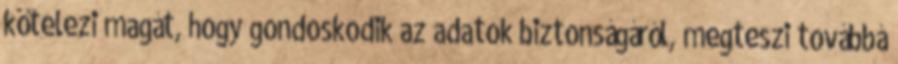
kötelezi magát, hogy gondoskodik az adatok biztonságáról, megteszi továbbá